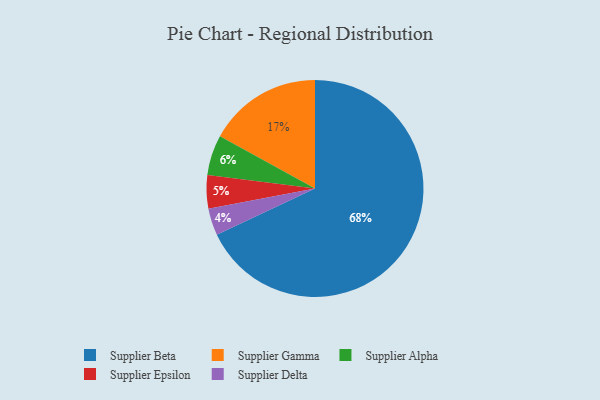
{"axis": {"x": "Category", "y": "Percentage"}, "legend": ["Supplier Alpha", "Supplier Beta", "Supplier Delta", "Supplier Epsilon", "Supplier Gamma"], "data": [{"x": "Supplier Delta", "y": 4, "type": "Supplier Delta"}, {"x": "Supplier Alpha", "y": 6, "type": "Supplier Alpha"}, {"x": "Supplier Beta", "y": 68, "type": "Supplier Beta"}, {"x": "Supplier Epsilon", "y": 5, "type": "Supplier Epsilon"}, {"x": "Supplier Gamma", "y": 17, "type": "Supplier Gamma"}]}